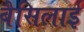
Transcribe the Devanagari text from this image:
बैसिलाई